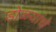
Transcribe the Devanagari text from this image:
डोळयांचे